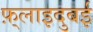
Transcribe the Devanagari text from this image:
फ़्लाइदुबई